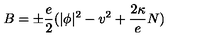
B = \pm \frac e 2 ( | \phi | ^ { 2 } - v ^ { 2 } + \frac { 2 \kappa } e N )